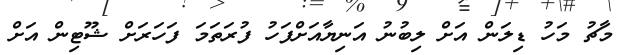
މާޗު މަހު ޑިލަން އަށް ލިބުނު އަނިޔާއަށްފަހު ފުރަތަމަ ފަހަރަށް ޝޫޓިން އަށް